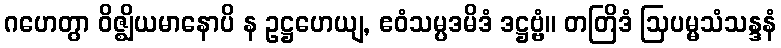
ဂဟေတွာ ဝိဇ္ဈိယမာနောပိ န ဥဋ္ဌဟေယျ, ဧဝံသမ္ပဒမိဒံ ဒဋ္ဌဗ္ဗံ။ တတြိဒံ ဩပမ္မသံသန္ဒနံ